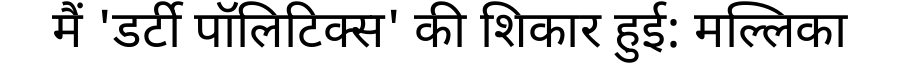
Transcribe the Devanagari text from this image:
मैं 'डर्टी पॉलिटिक्स' की शिकार हुई: मल्लिका